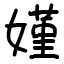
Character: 嫤